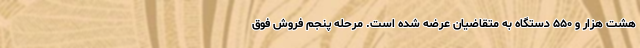
هشت هزار و ۵۵۰ دستگاه به متقاضیان عرضه شده است. مرحله پنجم فروش فوق